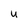
Character: U